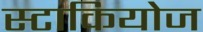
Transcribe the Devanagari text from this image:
स्टाकियोज